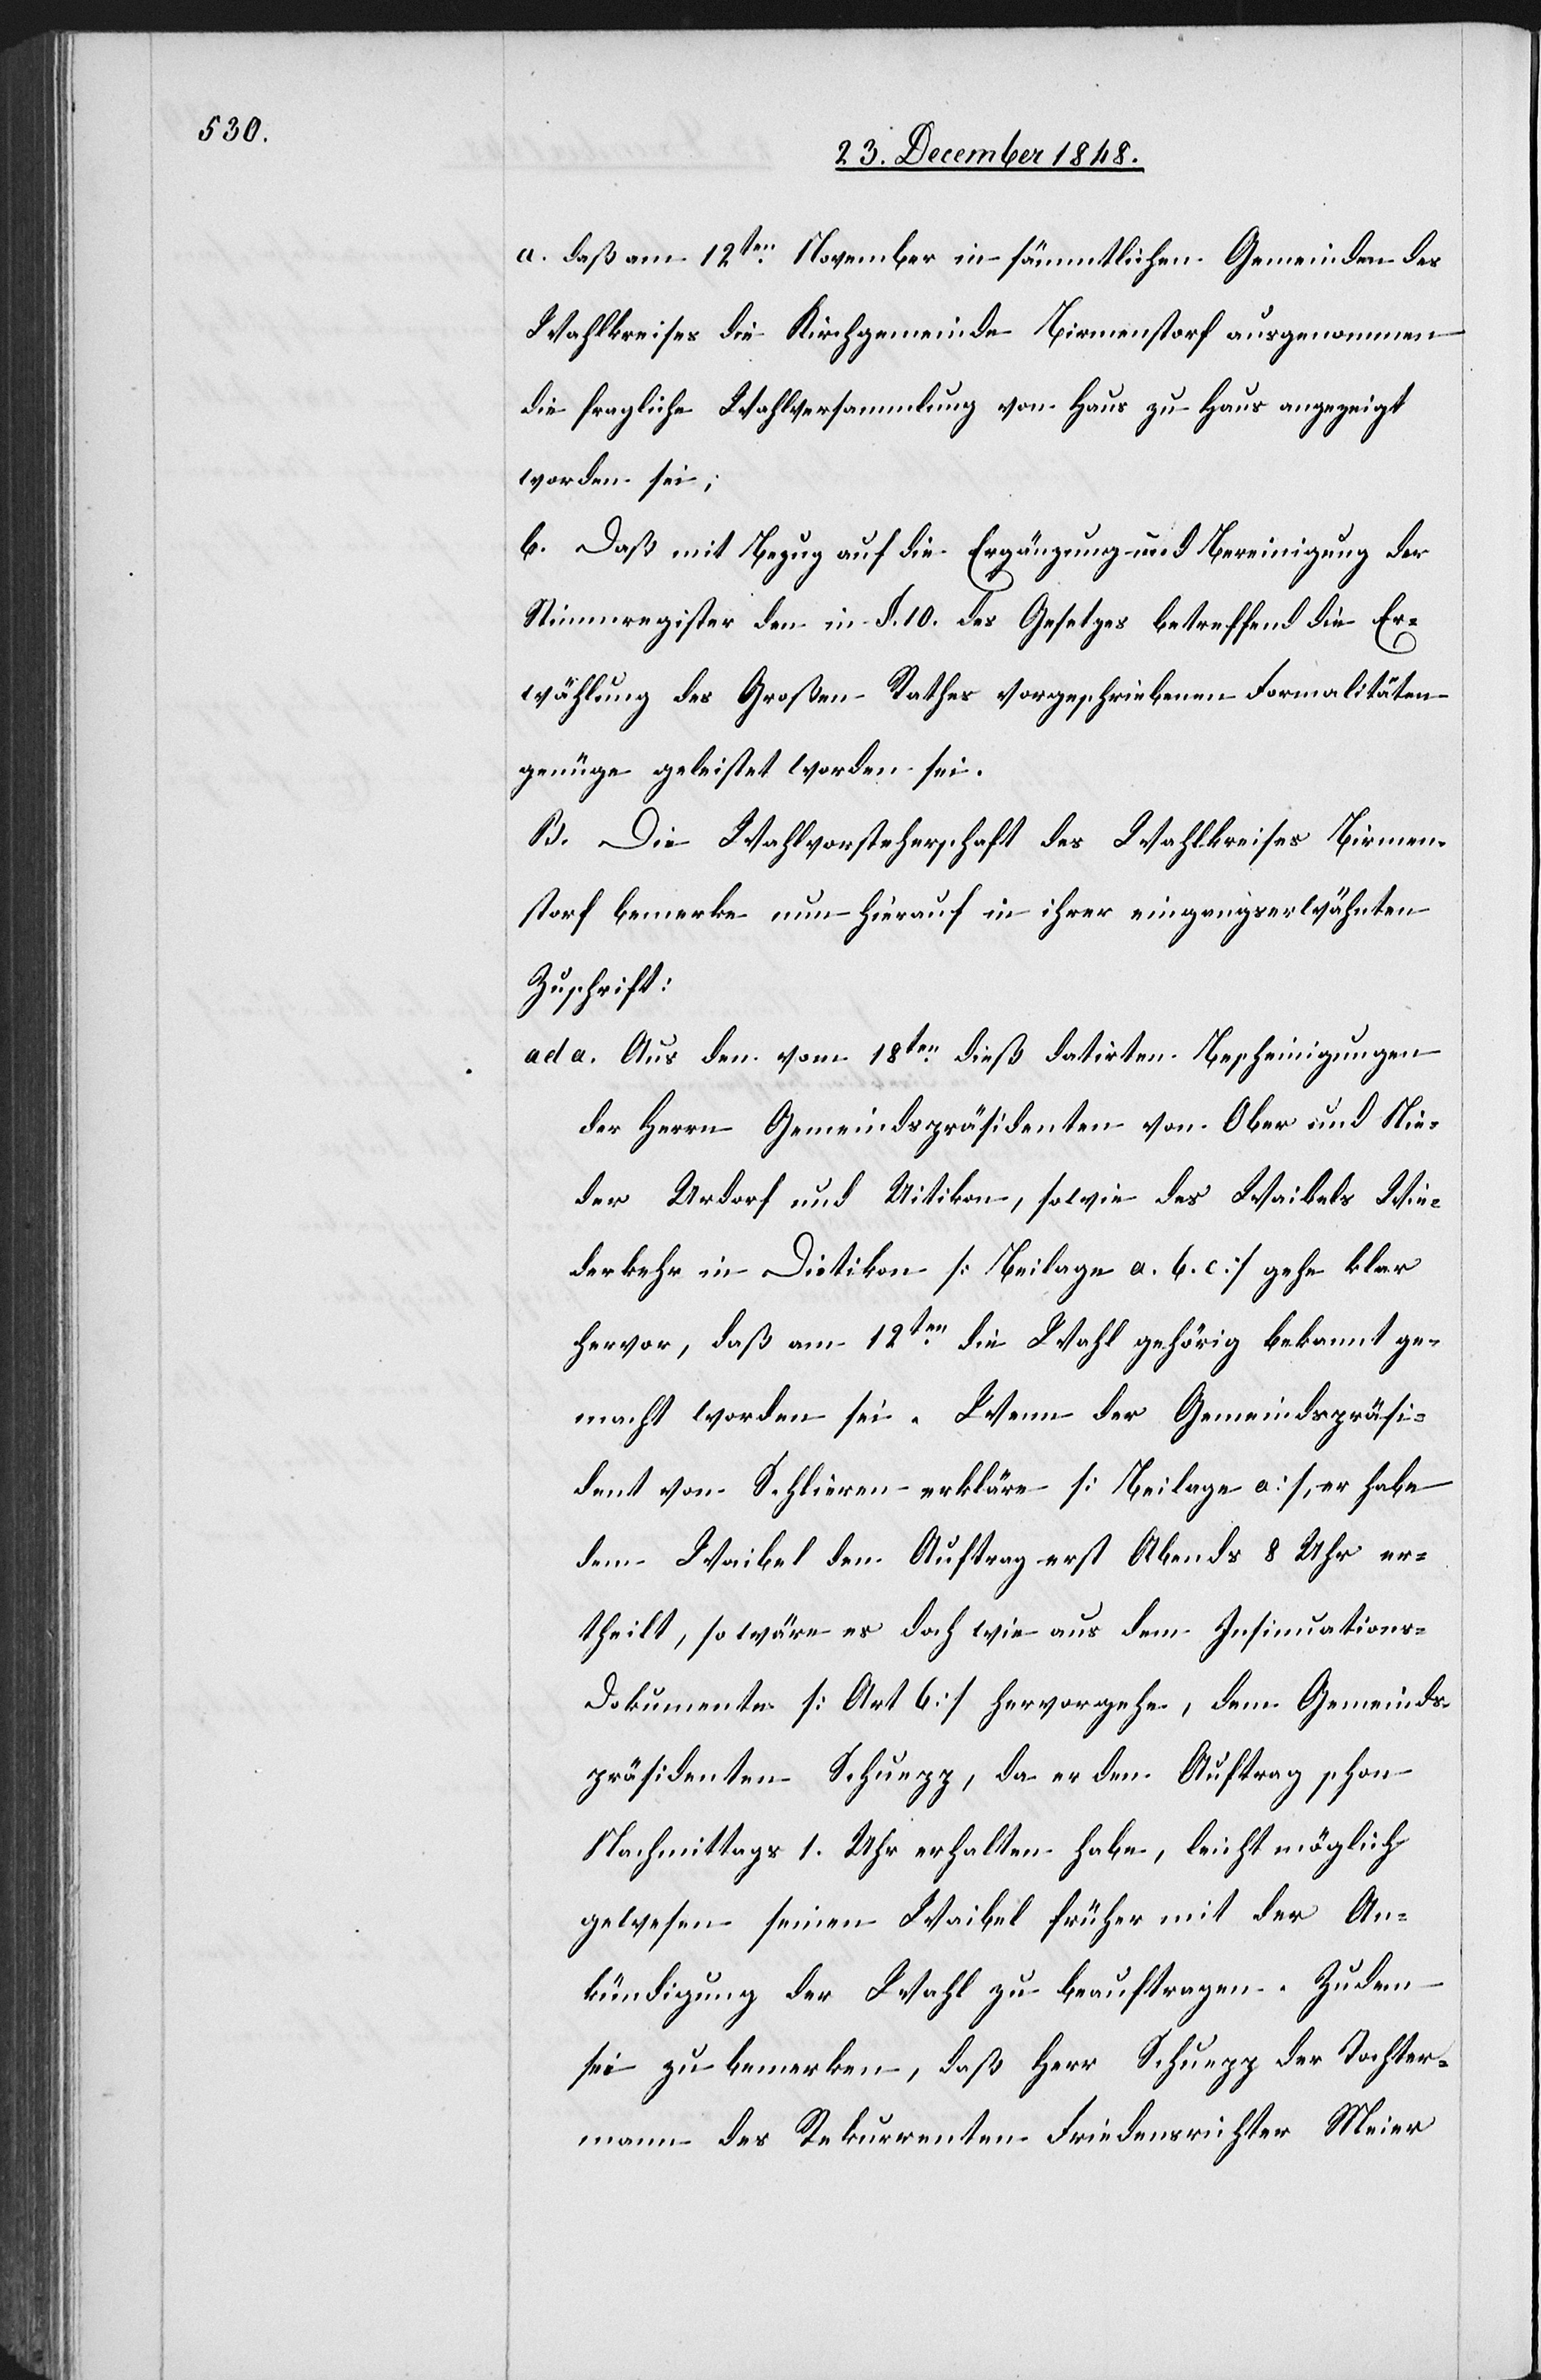
a. daß am 12ten November in sämmtlichen Gemeinden des
Wahlkreises die Kirchgemeinde Birmenstorf ausgenommen
die fragliche Wahlversammlung von Haus zu Haus angezeigt
worden sei;
b. Daß mit Bezug auf die Ergänzung und Bereinigung der
Stimmregister den in §. 10. des Gesetzes betreffend die Er¬
wählung des Großen Rathes vorgeschriebenen Formalitäten
genüge geleistet worden sei.
B. Die Wahlvorsteherschaft des Wahlkreises Birmen¬
storf bemerke nun hierauf in ihrer eingangserwähnten
Zuschrift:
ad a. Aus den vom 18ten dieß datirten Bescheinigungen
der Herren Gemeindspräsidenten von Ober[-,] Nie¬
der[-]Urdorf und Uitikon, sowie des Waibels Wie¬
derkehr in Dietikon [Beilage a. b. c] gehe klar
hervor, daß am 12ten die Wahl gehörig bekannt ge¬
macht worden sei. Wenn der Gemeindspräsi¬
dent von Schlieren erkläre [Beilage a], er habe
dem Waibel den Auftrag erst Abends 8 Uhr er¬
theilt, so wäre es doch wie aus dem Insinuations-D¬
okumente [Art. 6] hervorgehe, dem Gemeinds¬
präsidenten Schuepp, da er den Auftrag schon
Nachmittags 1. Uhr erhalten habe, leicht möglich
gewesen seinen Waibel früher mit der An¬
kündigung der Wahl zu beauftragen. Zudem
sei zu bemerken, daß Herr Schuepp der Tochter¬
mann des Rekurrenten Friedensrichter Meier